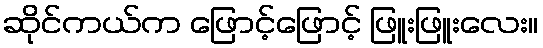
ဆိုင်ကယ်က ဖြောင့်ဖြောင့် ဖြူးဖြူးလေး။